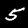
Label: 5